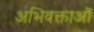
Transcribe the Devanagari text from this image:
अभिवक्ताओं